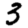
Digit: 3